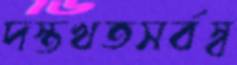
দস্তখতসর্বস্ব